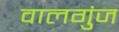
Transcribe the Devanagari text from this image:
वालगुंज